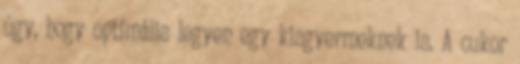
úgy, hogy optimális legyen egy kisgyermeknek is. A cukor